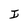
Character: I